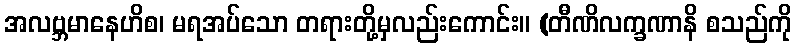
အလဗ္ဘမာနေဟိစ၊ မရအပ်သော တရားတို့မှလည်းကောင်း။ (တီဏိလက္ခဏာနိ စသည်ကို